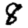
Digit: 8